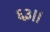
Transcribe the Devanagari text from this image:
६३।।